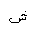
Letter: _shin